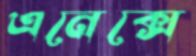
এনেক্সে